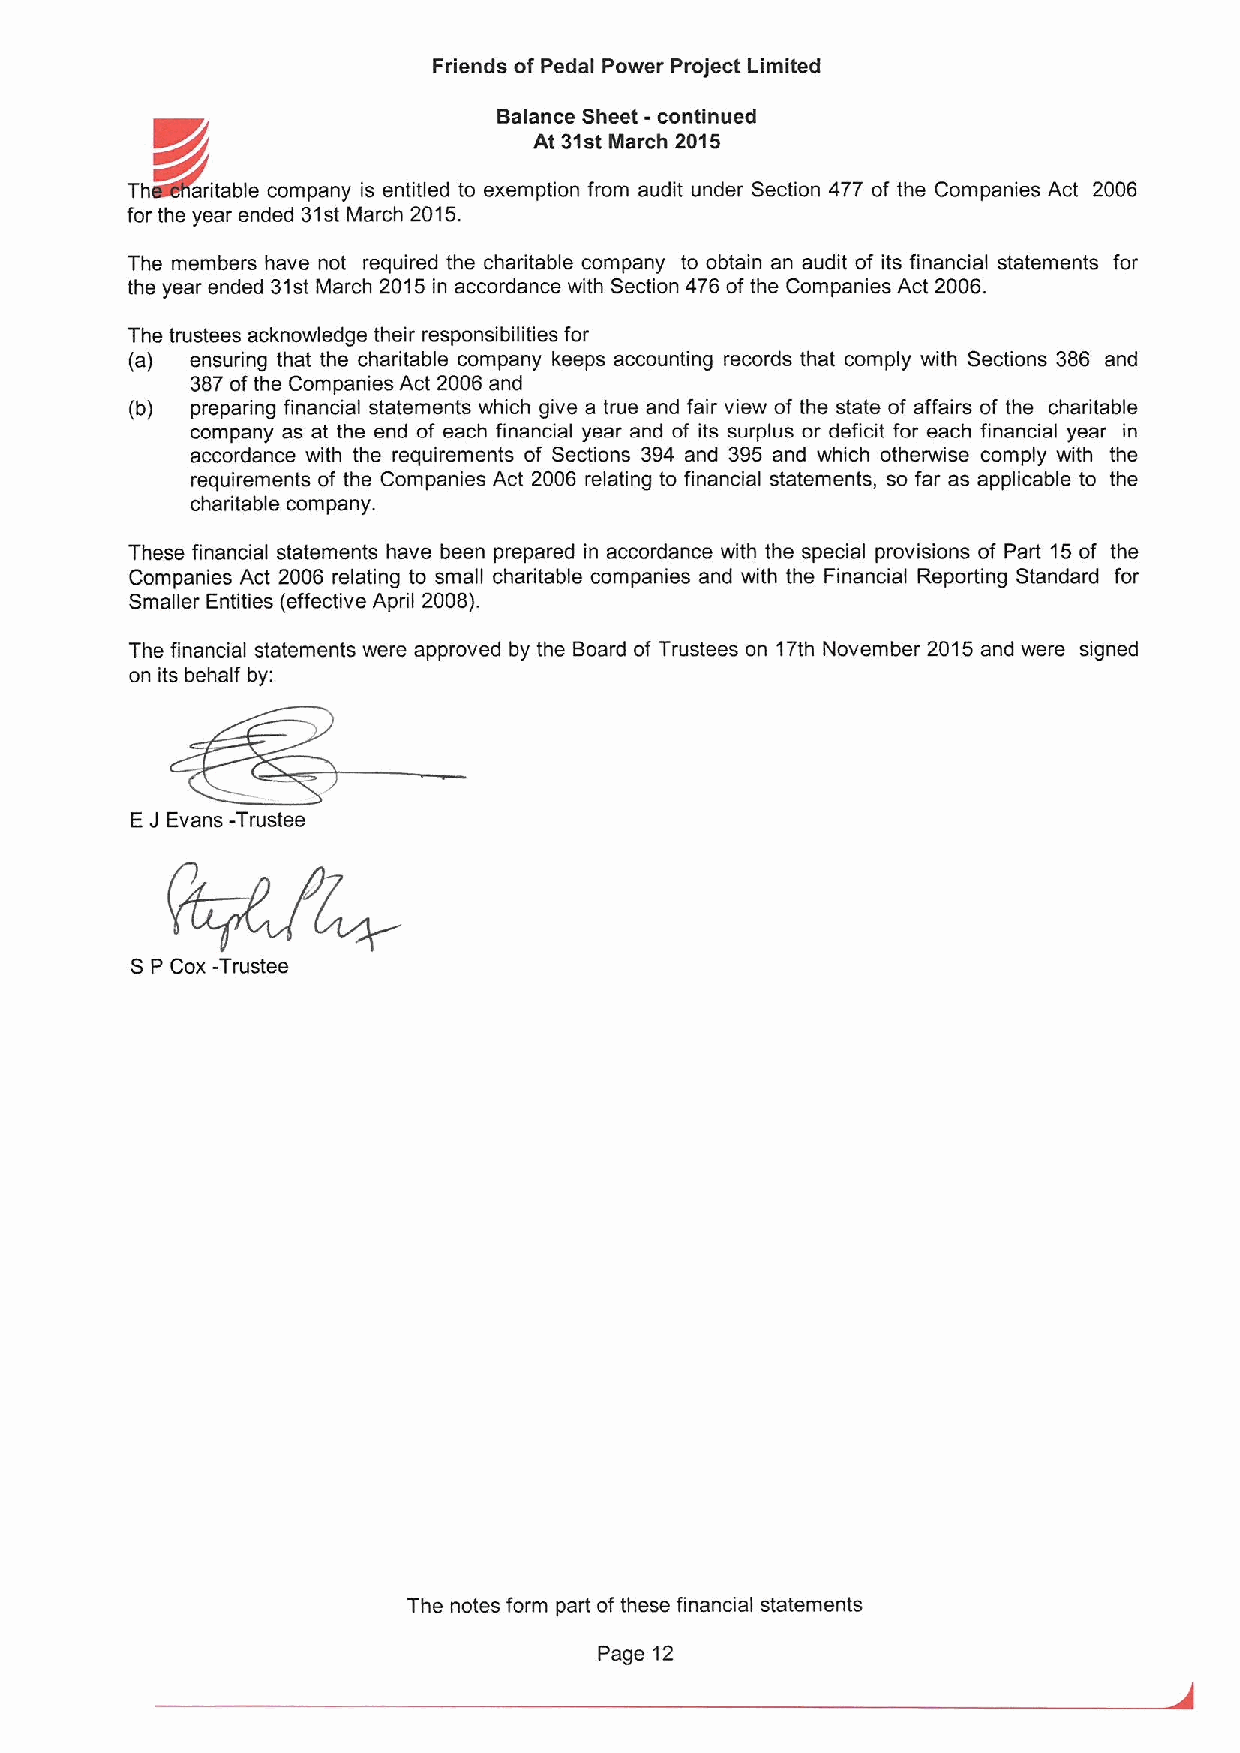
Friends of Pedal Power Project Limited
 Balance Sheet -continued
 At 31stMarch 2015
 K/p
 ThedlCaritable company is entitled to exemption from audit under Section 477 of the Companies Act 2006
 for the year ended 31st March 2015.
 The members have not required the charitable company to obtain an audit of its financial statements for
 the year ended 31st March 2015 in accordance with Section 476 ofthe Companies Act 2006.
 The trustees acknowledge their responsibilities for
 (a) ensuring that the charitable company keeps accounting records that comply with Sections 386 and
 387ofthe Companies Act 2006 and
 (b) preparing financial statements which give a true and fair view of the state of affairs of the charitable
 company as at the end of each financial year and of its surplus or deficit for each financial year in
 accordance with the requirements of Sections 394 and 395 and which otherwise comply with the
 requirements of the Companies Act 2006 relating to financial statements, so far as applicable to the
 charitable company.
 These financial statements have been prepared in accordance with the special provisions of Part 15of the
 Companies Act 2006 relating to small charitable companies and with the Financial Reporting Standard for
 Smaller Entities (effective April 2008).
 The financial statements were approved by the Board of Trustees on 17th November 2015 and were signed
 on its behalf by:
 E3 Evans -Trustee
 SP Cox -Trustee
 The notes form part ofthese financial statements
 Page 12